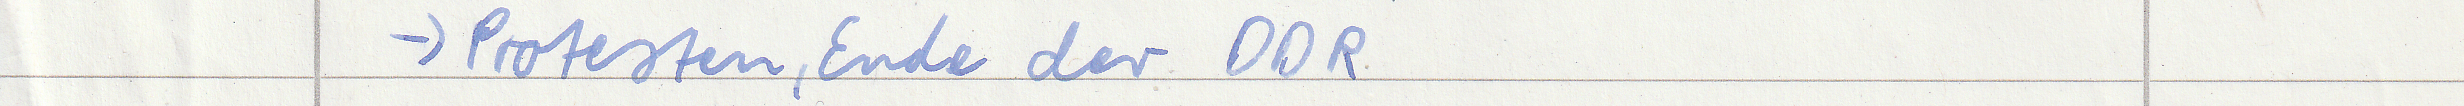
-> Protesten, Ende der DDR